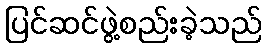
ပြင်ဆင်ဖွဲ့စည်းခဲ့သည်